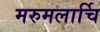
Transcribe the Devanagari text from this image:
मरुमलार्चि